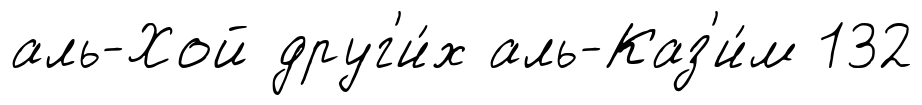
аль-Хой друг'и́х аль-Каз'и́м 132